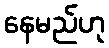
နေမည်ဟု